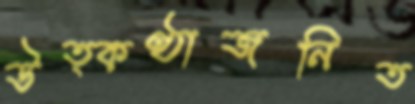
উত্কণ্ঠাজনিত